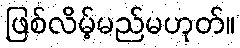
ဖြစ်လိမ့်မည်မဟုတ်။